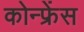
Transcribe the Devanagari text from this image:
कोन्फ्रेंस